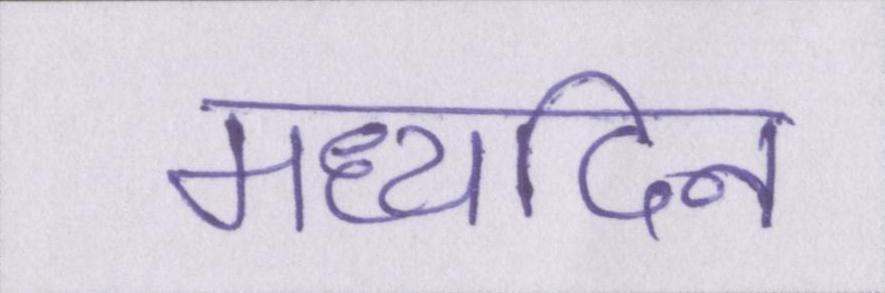
मध्यदिन